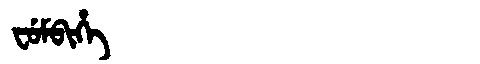
Manchu: ᠸᡠᠮᠪᡳᡥᡝ
Romanization: FUMBIHE